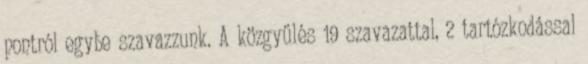
pontról egybe szavazzunk. A közgyűlés 19 szavazattal, 2 tartózkodással